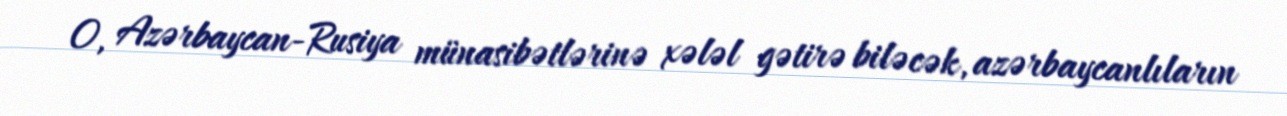
O, Azərbaycan-Rusiya münasibətlərinə xələl gətirə biləcək, azərbaycanlıların